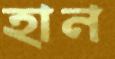
হান